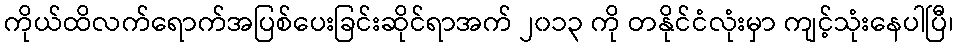
ကိုယ်ထိလက်ရောက်အပြစ်ပေးခြင်းဆိုင်ရာအက် ၂၀၁၃ ကို တနိုင်ငံလုံးမှာ ကျင့်သုံးနေပါပြီ၊